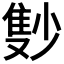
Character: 𲉫